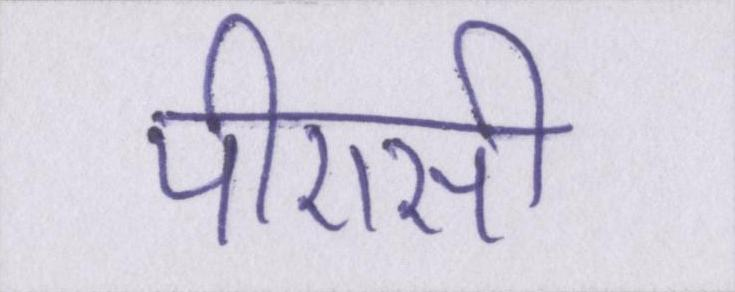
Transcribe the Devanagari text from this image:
पीएसी